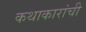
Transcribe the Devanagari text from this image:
कथाकारांची